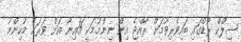
ސިލްކް ރޯޑްގައި ބައިވެރިވުމަށް ރާއްޖެ އިން ނިންމުމަކީ ޗައިނާ އަށް ވަރަށް މުހިންމު